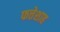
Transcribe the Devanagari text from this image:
फत्तेशाह